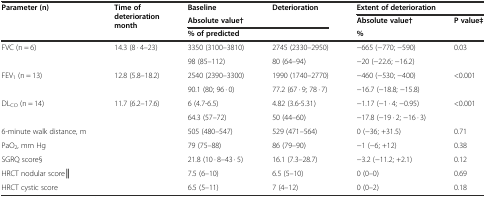
<table><thead><tr><td rowspan="3"><b>Parameter (n)</b></td><td rowspan="3"><b>Time of deterioration month</b></td><td><b>Baseline</b></td><td><b>Deterioration</b></td><td colspan="2"><b>Extent of deterioration</b></td></tr><tr><td colspan="2"><b>Absolute value†</b></td><td><b>Absolute value†</b></td><td><b>P value‡</b></td></tr><tr><td colspan="2"><b>% of predicted</b></td><td><b>%</b></td><td></td></tr></thead><tbody><tr><td>FVC (n = 6)</td><td>14.3 (8 · 4–23)</td><td>3350 (3100–3810)</td><td>2745 (2330–2950)</td><td>−665 (−770; −590)</td><td>0.03</td></tr><tr><td></td><td></td><td>98 (85–112)</td><td>80 (64–94)</td><td>−20 (−22.6; −16.2)</td><td></td></tr><tr><td>FEV<sub>1</sub> (n = 13)</td><td>12.8 (5.8–18.2)</td><td>2540 (2390–3300)</td><td>1990 (1740–2770)</td><td>−460 (−530; −400)</td><td>&lt;0.001</td></tr><tr><td></td><td></td><td>90.1 (80; 96 · 0)</td><td>77.2 (67 · 9; 78 · 7)</td><td>−16.7 (−18.8; −15.8)</td><td></td></tr><tr><td>DL<sub>CO</sub> (n = 14)</td><td>11.7 (6.2–17.6)</td><td>6 (4.7-6.5)</td><td>4.82 (3.6-5.31)</td><td>−1.17 (−1 · 4; −0.95)</td><td>&lt;0.001</td></tr><tr><td></td><td></td><td>64.3 (57–72)</td><td>50 (44–60)</td><td>−17.8 (−19 · 2; −16 · 3)</td><td></td></tr><tr><td>6-minute walk distance, m</td><td></td><td>505 (480–547)</td><td>529 (471–564)</td><td>0 (−36; +31.5)</td><td>0.71</td></tr><tr><td>PaO<sub>2</sub>, mm Hg</td><td></td><td>79 (75–88)</td><td>86 (79–90)</td><td>−1 (−6; +12)</td><td>0.38</td></tr><tr><td>SGRQ score§</td><td></td><td>21.8 (10 · 8–43 · 5)</td><td>16.1 (7.3–28.7)</td><td>−3.2 (−11.2; +2.1)</td><td>0.12</td></tr><tr><td>HRCT nodular score║</td><td></td><td>7.5 (6–10)</td><td>6.5 (5–10)</td><td>0 (0–0)</td><td>0.69</td></tr><tr><td>HRCT cystic score</td><td></td><td>6.5 (5–11)</td><td>7 (4–12)</td><td>0 (0–2)</td><td>0.18</td></tr></tbody></table>